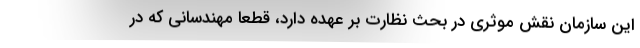
این سازمان نقش موثری در بحث نظارت بر عهده دارد، قطعا مهندسانی که در